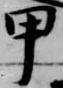
甲